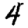
Digit: 4